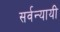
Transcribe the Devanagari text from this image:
सर्वन्यायी